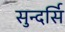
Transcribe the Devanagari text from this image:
सुन्दर्सि